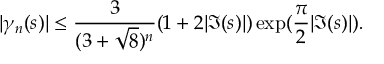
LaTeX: | \gamma _ { n } ( s ) | \leq { \frac { 3 } { ( 3 + { \sqrt { 8 } } ) ^ { n } } } ( 1 + 2 | \Im ( s ) | ) \exp ( { \frac { \pi } { 2 } } | \Im ( s ) | ) .